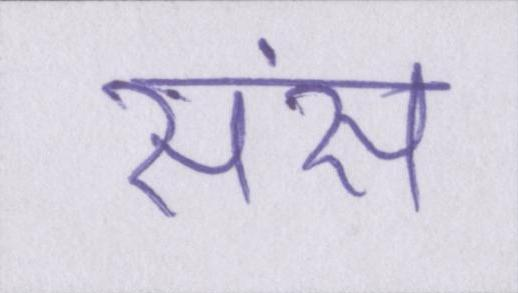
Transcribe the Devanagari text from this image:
संस